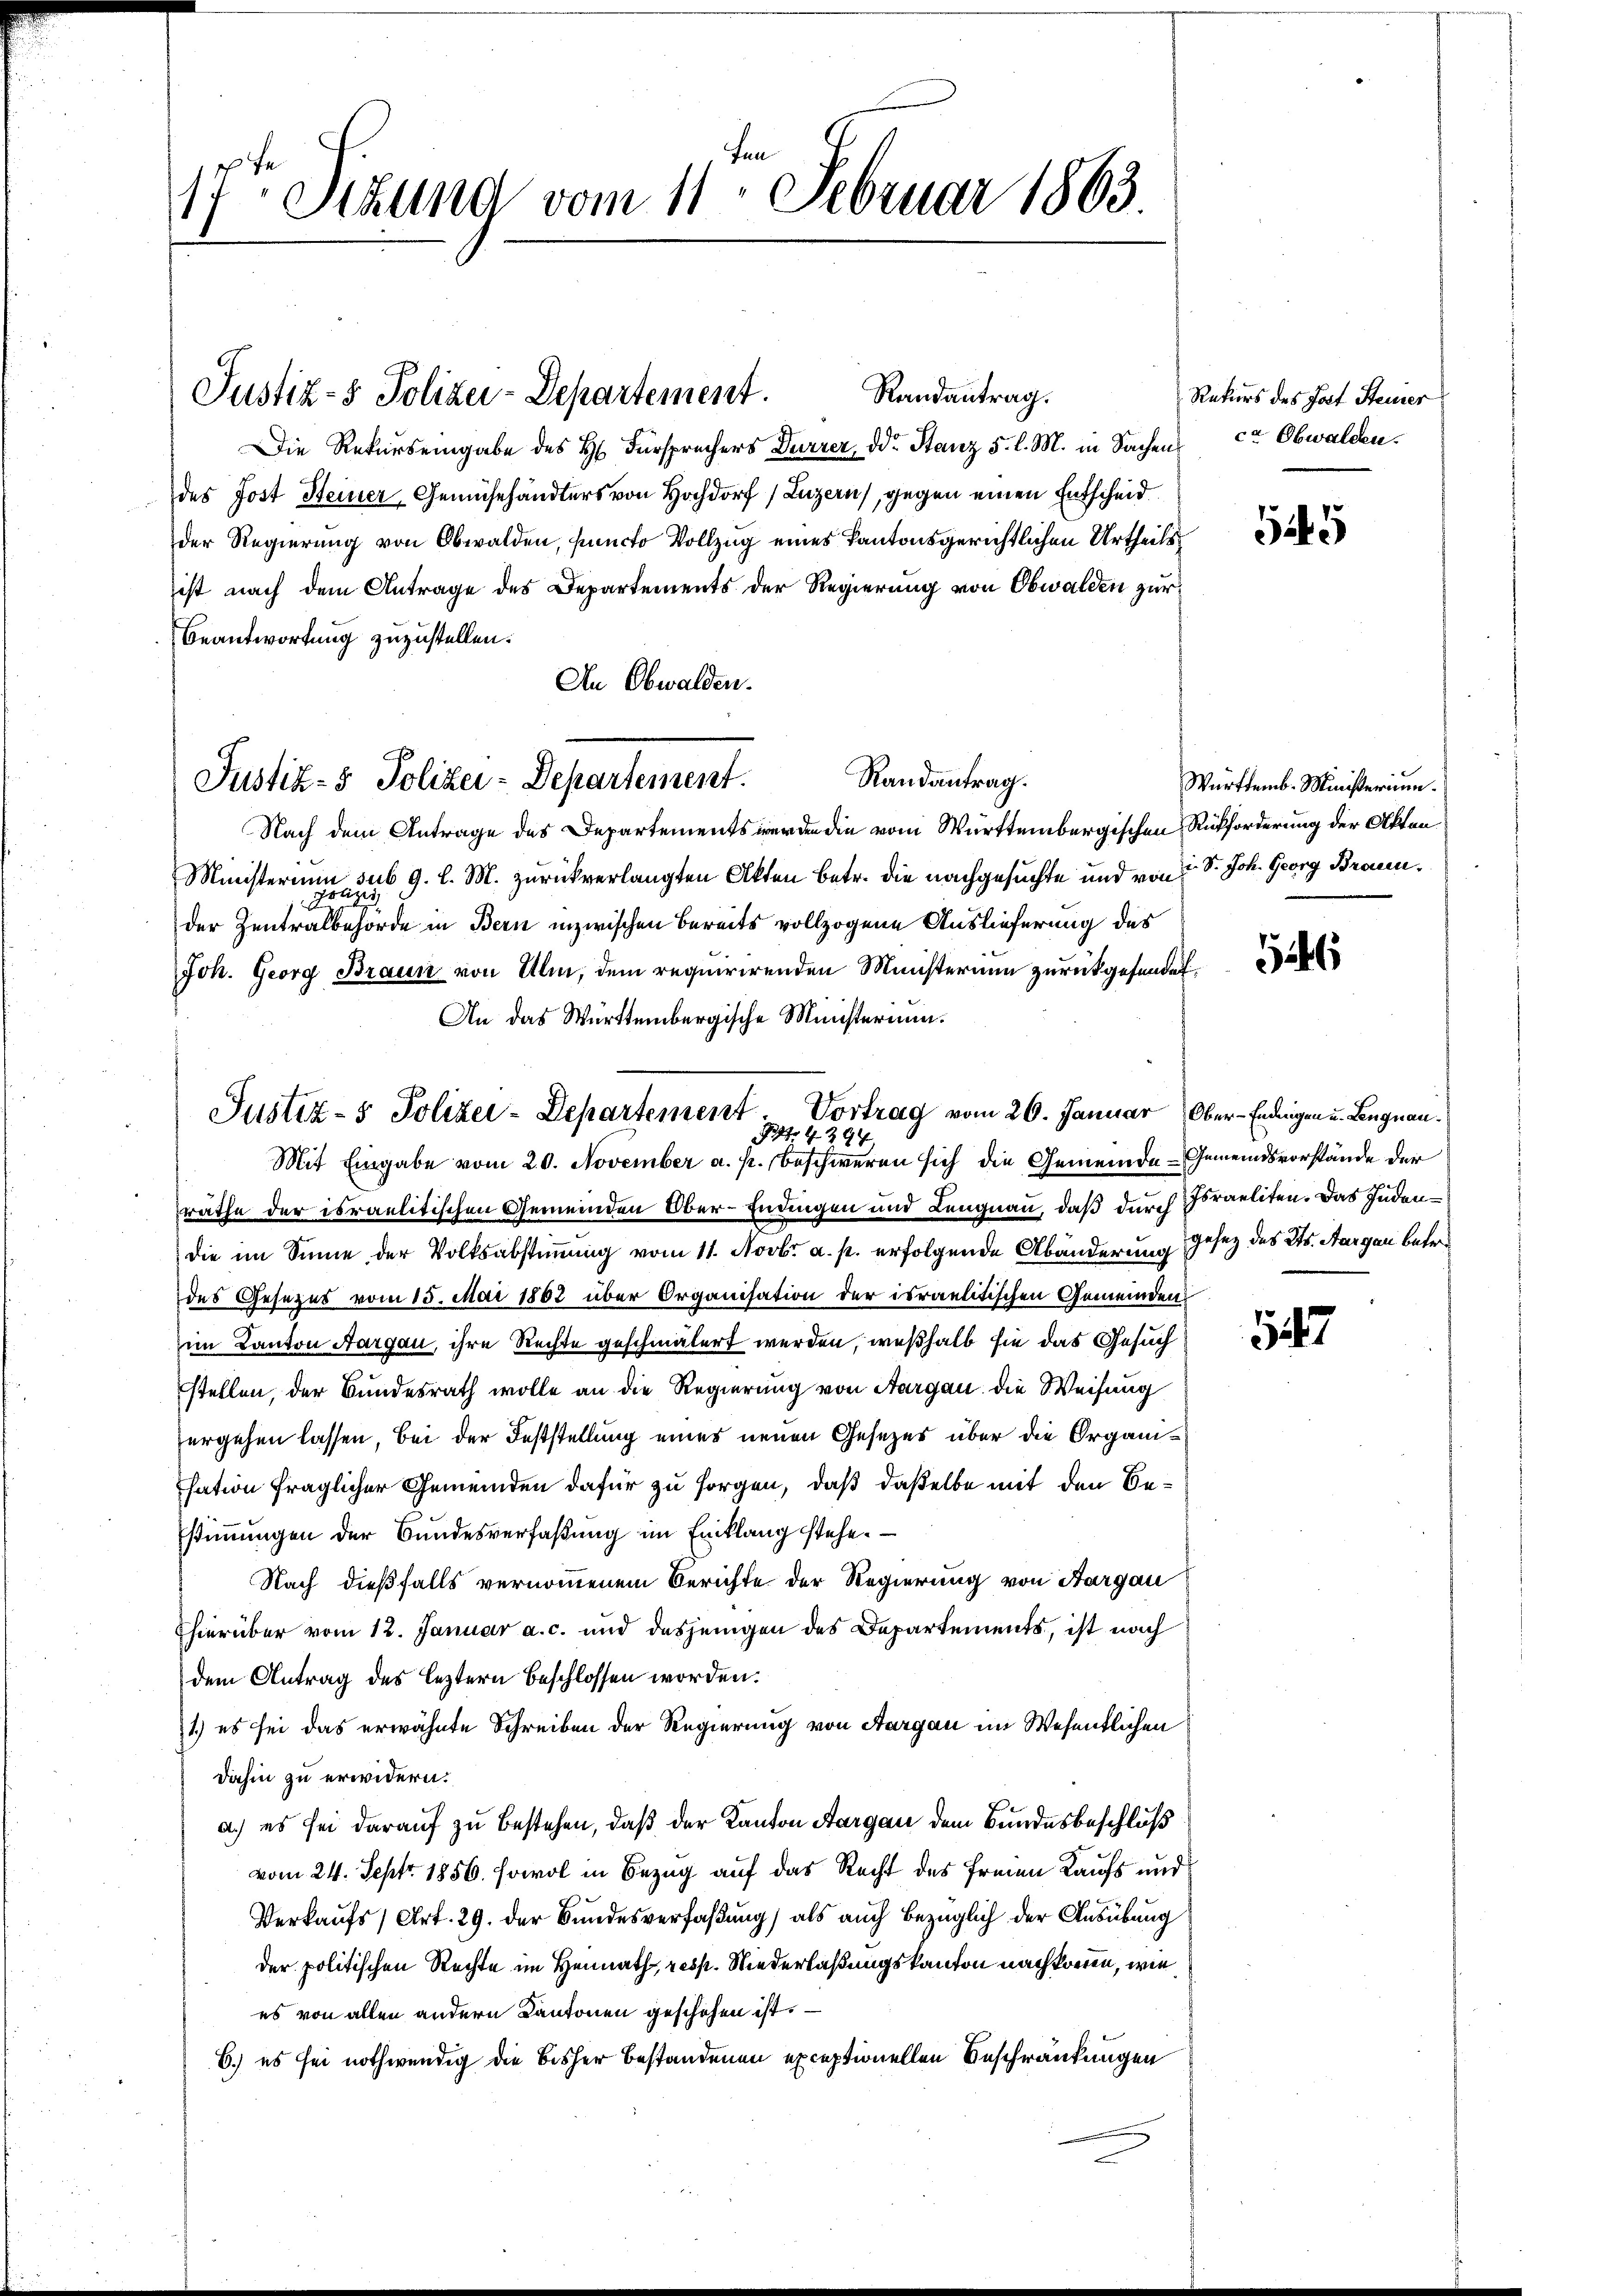
17ten Sizung vom 11. Februar 1863.

Justiz- & Polizei-Departement.

Justiz- & Polizei-Departement.

Justiz- & Polizei-Departement Vortrag vom 26. Januar Ober-Endingen u. Lengnau¬
G. § 394.
Mit Eingabe vom 20. November a. p. beschweren sich die Gemeinde-Gemeindsvorstände der

Randantrag.
Die Rekurs eingabe des H. Fürsprüchers Dürrer, od. Stanz 5. l. M. in Sachens
des Jost Steiner Gemühehändlers von Hochdorf (Luzern, gegen einen Entscheid
der Regierung von Obwalden, functo Vollzug eines Kantonsgerichtlichen Urtheils
ist nach dem Antrage des Departements der Regierung von Obwalden zur
Beantwortung zuzustellen.
An Obwalden.
Randantrag.
Nach dem Antrage des Departements werden die vom Württembergischen Rückforderung der Akten¬
Ministerium sub. 9. l. M. zurückverlangten Akten betr. die nachgesuchte und von 2 S. Joh. Georg Braunder Zentralbehörde in Bern inzwischen Bereits vollzogene Auslieferung des
Joh. Georg Braun von Ulm, dem requirirenden Ministerium zurückgefunden.
An das Württembergische Ministerium.
räthe der israelitischen Gemeinden Ober-Endingen und Lengnau, daß durch Israeliten. Das Judendie im Sinne der Volksabstimmung vom 11. Novbr. a. p. erfolgende Abänderung gesez des Kts. Aargau betredes Gesezes vom 15. Mai 1862 über Organisation der israelitischen Gemeinden
im Kanton Aargau, ihre Rechte geschmälert werden, weßhalb sie das Gesuch
stellen, der Bundesrath wolle an die Regierung von Aargau die Weisung
ergehen lassen, bei der Feststellung eines neuen Gesezes über die Organisation fraglicher Gemeinden dafür zu sorgen, daß daßelbe mit den Bestimmungen der Bundesverfaßung im Einklang stehe.
Nach dießfalls vernommenem Berichte der Regierung von Aargau
(hierüber vom 12. Januar a. c. und dasjenigen des Departements, ist nach
dem Antrag des leztern beschlossen worden.
1) es sei das erwähnte Schreiben der Regierung von Aargau im Wesentlichen
dahin zu erwidern.
a.) es sei darauf zu bestehen, daß der Kanton Aargau dem Bundesbeschluß
vom 24. Sept. 1856. sowol in Bezug auf das Recht des Freien Kaufs und
Verkaufs, Art. 29. der Bundesverfaßung) als auch bezüglich der Ausübung
der politischen Rechte im Heimath resp. Niederlaßungskanton nachkommen, wie
es von allen andern Kantonen geschehen ist.
6.) es sei nothwendig die bisher bestandenen exceptionellen Beschränkungen

Rekurs des Jost Steiner
ca Obwalden.

45

Württemb. Ministerium.

1

1247